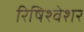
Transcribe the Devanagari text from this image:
रिषिश्वेशर